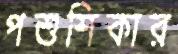
পশুশিকার